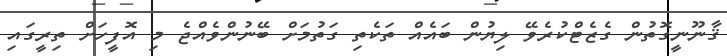
ޤާނޫނީގޮތުން ގެޒެޓްކުރެވޭ ލިޔުން ބައެއް ތަކެތި ގަތުމަށް ބޭނުންވެއްޖެ މި އޮފީހަށް ތިރީގައި